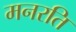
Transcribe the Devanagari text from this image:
मनरति